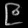
Digit: ၉